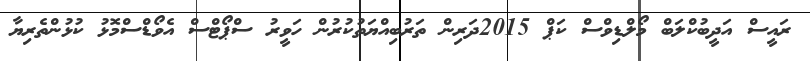
ރައީސް އަދީބުކްލަބް މޯލްޑިވްސް ކަޕް 2015ދަރިން ތަރުބިއްޔަތުކުރުން ހަވީރު ސްޕޯޓްސް އެވޯޑްސްމޮޅު ކުޅުންތެރިޔާ